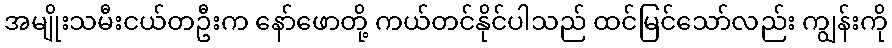
အမျိုးသမီးငယ်တဦးက နော်ဖောတို့ ကယ်တင်နိုင်ပါသည် ထင်မြင်သော်လည်း ကျွန်းကို